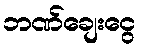
ဘဏ်ချေးငွေ